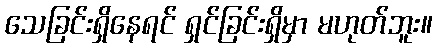
သေခြင်းရှိနေရင် ရှင်ခြင်းရှိမှာ မဟုတ်ဘူး။